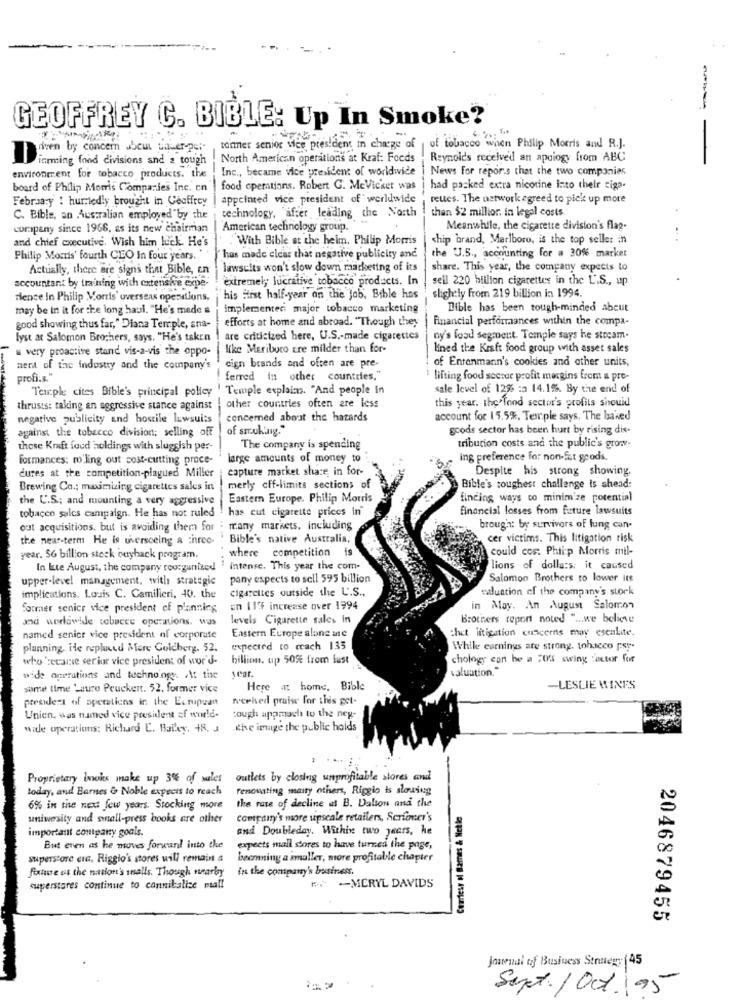
---
GEOFFREY C. BIBLE: Up In Smoke?
-
--
niven by concern Jbcut ualwer-pei-
tommer senior vice president in charge of
of tobacco when Philip Morris and R.J.
inring food divisions and 2 tough
North American operations at Kraf: Foods
Reynolds received an apology from ABC
Inc ., became vice president of worldwide
News For reports that the two companies
environment for tobacco products. the
board of Philip Morris Companies Inc. en
food operations. Robert G. MeVicker was
had packed extra nicotine into their ciga.
February ! hurledly brought in Geoffrey
appointed vice president of worldwide
reues. The network agreed to pick up more
technology, after leading the North
C. Bible, an Australian employed by the
than $2 millior. in legal costs.
company since 1966, as its new chairman
American technology group.
Meanwhile, the cigarette division's flag-
and chief executive. Wish him hick. He's
. With Bible at the heim, Philip Morris
chip brand, Marlboro, is the top seller in
Philip Morris' fourth CEO In four years.
has made clear that negative publicity and
the U.S ., accounting for a 30% market
Actually, there are signs that Bible, an
lawsuits won't slow down marketing of its
share. This year, the company expects to
accountant by training with extensive expe-
extremely lucrative tobacco products. In
sell 220 billion cigarettes in the LIS ., up
rience in Philip Morris' overseas operations,
his first half-year on the Job, Bible has
slightly from 219 billion in 1994.
may be in it for the long haul. "He's made a
Implementer major tobacco marketing
Bible has been tough-minded about
Financial performances within the compa-
good showing thus far," Diana Temple, ana-
efforts at home and abroad. "Though they
lyst at Salomon Brothers, says, "He's taken
are criticized here, U.S .- made cigarettes
ny's food segment. Temple says he stream-
a very proactive stand vis-a-vis the oppo-
like Mariburo Ere milder than for-
lined the Kraft food group with asset sales
of Entenmann's cookies and other units,
nerd of the industry and the company's
eign brands and often are pre-
profi.s."
ferred in other countries,"
* lifting food sector profit margins from a pre-
Temple cites Bible's principal policy . Temple explains. "And people In
sale level of 1226 :a 14.1%. By the end of
this year. the fond sector's profils shouid
thrusts: taking an aggressive stance against | other countries often are less
negative publicity and hostile lawsuits
concerned about the hazards
account for 15.5%, Temple says. The based
against the tobacco division; selling off
of smoking."
goods sector has been hurt by rising dis-
these Kraft foud holdings with sluggish per-
The company is spending
tribution costs and the public's grow-
formances: ro ling out cost-cutting proce-
large amounts of money to
ing preference for non-Sat goods.
capture market share in for-
Despite his strong showing.
cures at the competition-plagued Miller
Brewing Co .: maximizing cigarettes sales in
merly off-limits sections of
Bible's toughest challenge is shead:
the U.S .; and mounting a very aggressive
Eastern Europe. Philip Morris
finding ways co minimize potential
tobacco sales campaign. He has not ruled
has cut cigarette prices in
financial losses from future lawsuits
out acquisitions. but is avoiding them for
many markets, including
brought by survivors of lung cun-
the near-term He is uversceing a three-
Bible's native Australia,
cer victims. This litigation risk
where competition i
could cos: Phiip Morris mil-
year. 56 billion stock buyback program.
In kte August, the company roorgunited
intense. This year the com-
lions of dollars; it caused
upper-level management, with strategic
pany expects to sell 595 billion
Salomon Brothers to lower its
cigarettes outside the L'.S .,
valuation of the company's stork
implications. Louis C. Camilleri, 40. the
former senior vice president of planning
on 114 increase over 1994
in May. An August Salomon
and worldwide sebacee operations. was
levels Cigarette sales in
Brothers report noted " ... we believe
:het litigation concerns may escalite.
named senior vice president of corporate
Eastern Europe alone ate
planning. He replied Mere Goldberg. 52.
expected to reach 135
While earnings are strong, tobacco psy-
who 'secame serior vice president of wor's-
billions. up 50 from lust
chology con he a :04 swing factor for
sear.
valuation."
wide operations and technoingy. At the
some time Lauro Peuckert. 52. former vice
Here at home. Bible
-LESLIE WINES
president of operations in the Eurupean
neehed praise for thes get-
Unien, was named vice president of world-
cough appmach to the nep-
wade operations: Richard E. Bailey, 48. 3
.the image the public holds
Proprietary Incis make up 3% of wales
outlets by closing unprofitable stores and
-
today, and Barnes & Noble expects to reach
renovating maity others, Riggio is slowing
the rate of decline at B. Dalton and the
6% in the next few years. Stocking more
Courtesy of Bames & Nelle
university and small-press books are other
compairy's more upscale retailers, Scrfoner's
and Doubleday. Within two jeers, he
important contpary goals.
But even as he moves forward into the
expects mall stores to have turned the page,
superstore erc, Riggio's stores will remain a
becmning a smaller, more profitable chapter
fixture of the nation's inalls. Though wearby in the company's business.
superstores continue to cannibalize mal!
-MERYL DAVIDS
2046879455
Journal of Business Strategy (45
Sept/ Oct. 95